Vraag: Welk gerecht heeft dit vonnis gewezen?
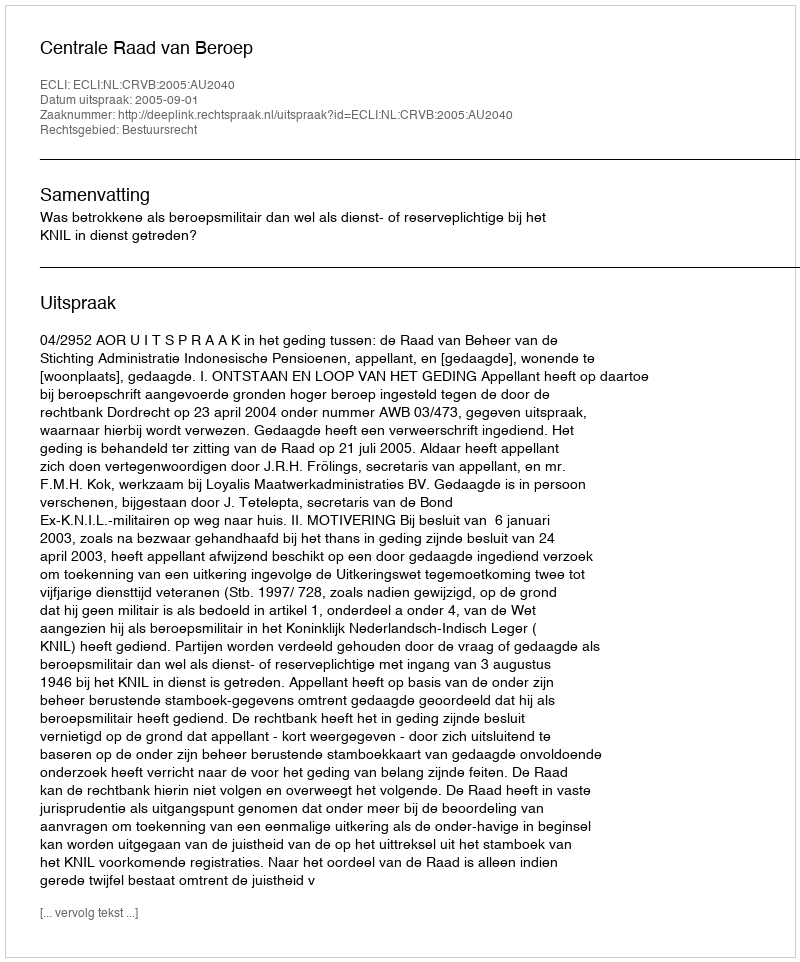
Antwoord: Centrale Raad van Beroep